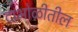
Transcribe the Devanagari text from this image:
दाभोळीतील